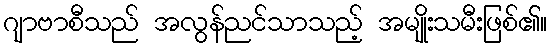
ဂျာဗာစီသည် အလွန်ညင်သာသည့် အမျိုးသမီးဖြစ်၏။